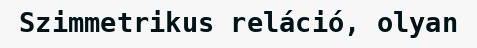
Szimmetrikus reláció, olyan